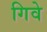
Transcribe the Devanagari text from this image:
गिवे